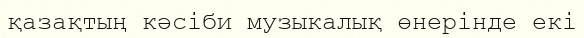
қазақтың кәсіби музыкалық өнерінде екі